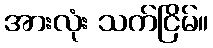
အားလုံး သက်ငြိမ်။